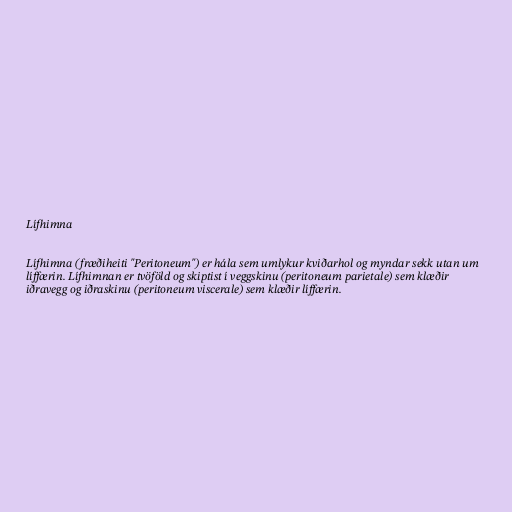
Lífhimna

Lífhimna (fræðiheiti "Peritoneum") er hála sem umlykur kviðarhol og myndar sekk utan um
líffærin. Lífhimnan er tvöföld og skiptist í veggskinu (peritoneum parietale) sem klæðir
iðravegg og iðraskinu (peritoneum viscerale) sem klæðir líffærin.